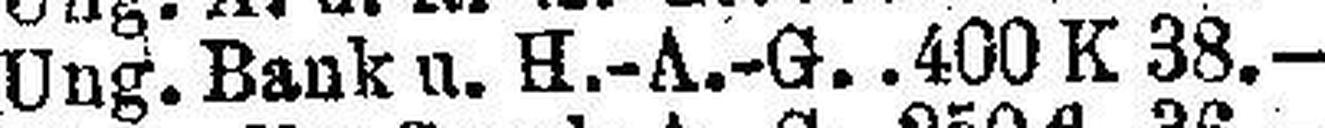
Ung. Bank u. H.-A.-G. 400 K 38.—